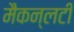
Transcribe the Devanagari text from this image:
मैकन्लटी